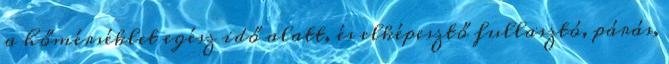
a hőmérséklet egész idő alatt, és elképesztő fullasztó, párás,